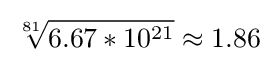
{\sqrt[{81}]{6.67*10^{21}}}\approx 1.86